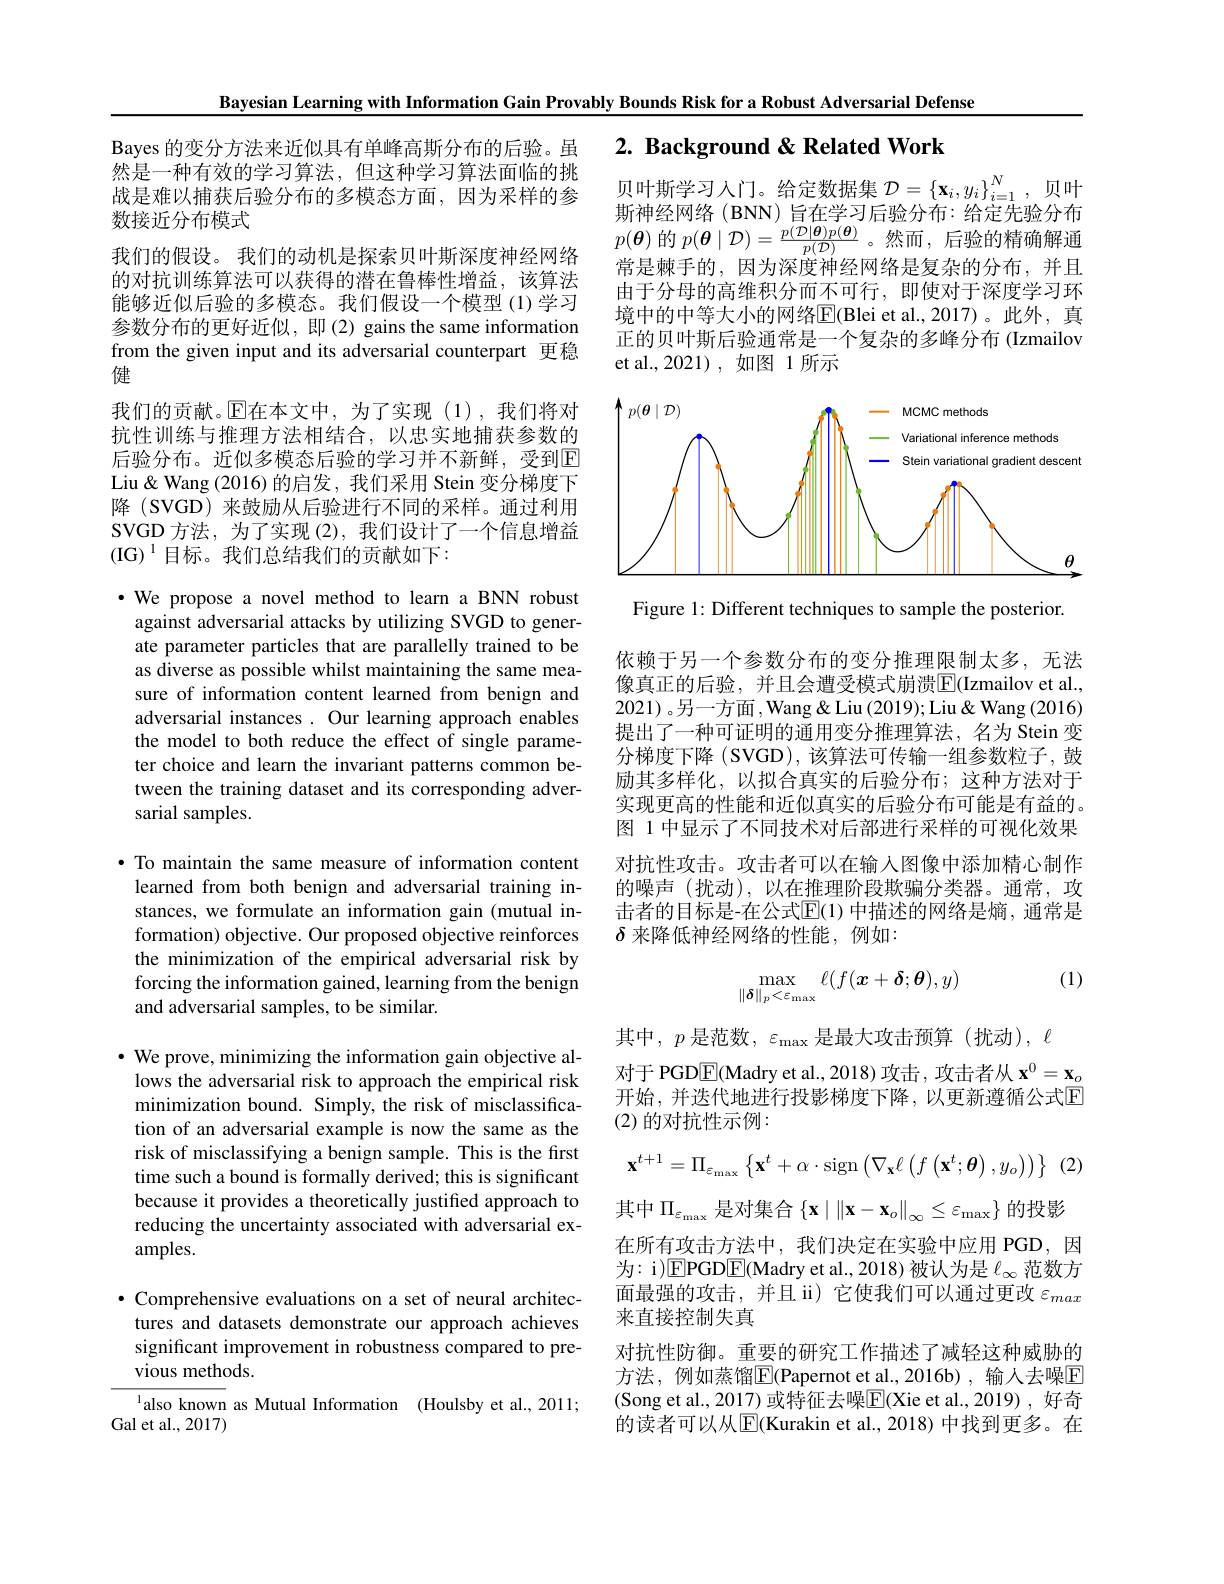
Bayesian Learning with Information Gain Provably Bounds Risk for a Robust Adversarial Defense

# 2. Background & Related Work

贝叶斯学习人门。给定数据集$\mathcal{D}=\left\{\mathbf{x}_i,y_i\right\}_{i=1}^N$,贝叶斯神经网络(BNN)旨在学习后验分布：给定先验分布$p(\boldsymbol{\theta})$的$p(\boldsymbol{\theta}\mid\mathcal{D})=\frac{p(\mathcal{D}|\boldsymbol{\theta})p(\boldsymbol{\theta})}{p(\mathcal{D})}$。然而，后验的精确解通当目赫手的 田业还审边经网络目后九的人在 并日常是棘手的，因为深度神经网络是复杂的分布，并且由于分母的高维积分而不可行，即使对于深度学习环境中的中等大小的网络E(Blei et al.,2017)。此外，真正的贝叶斯后验通常是一个复杂的多峰分布 (Izmailov et al.,2021),如图 1 所示

Bayes 的变分方法来近似具有单峰高斯分布的后验。虽然是一种有效的学习算法，但这种学习算法面临的挑战是难以捕获后验分布的多模态方面，因为采样的参数接近分布模式
我们的假设。我们的动机是探索贝叶斯深度神经网络的对抗训练算法可以获得的潜在鲁棒性增益，该算法能够近似后验的多模态。我们假设一个模型 (1)学习参数分布的更好近似，即(2) gains the same information from the given input and its adversarial counterpart 更稳健
我们的贡献。$\operatorname{E\text{在本文中，为了实现(1),我们将对}}$ 抗性训练与推理方法相结合，以忠实地捕获参数的后验分布。近似多模态后验的学习并不新鲜，受到$\overline{\mathrm{E}}$ Liu& Wang (2016) 的启发，我们采用 Stein 变分梯度下降 (SVGD) 来鼓励从后验进行不同的采样。通过利用SVGD 方法，为了实现 (2), 我们设计了一个信息增益(IG$) ^{1}$目标。我们总结我们的贡献如下：

<FigureHere>

Figure 1: Different techniques to sample the posterior.

·We propose a novel method to learn a BNN robust against adversarial attacks by utilizing SVGD to generate parameter particles that are parallelly trained to be as diverse as possible whilst maintaining the same measure of information content learned from benign and adversarial instances. Our learning approach enables the model to both reduce the effect of single parameter choice and learn the invariant patterns common between the training dataset and its corresponding adversarial samples.

依赖于另一个参数分布的变分推理限制太多，无法像真正的后验，并且会遭受模式崩溃$\boxed{\mathrm{F}}($Izmailov et al., 2021) 。另一方面，Wang& Liu (2019); Liu& Wang (2016) 提出了一种可证明的通用变分推理算法，名为 Stein 变分梯度下降 (SVGD), 该算法可传输一组参数粒子，鼓励其多样化，以拟合真实的后验分布；这种方法对于实现更高的性能和近似真实的后验分布可能是有益的。图 1 中显示了不同技术对后部进行采样的可视化效果对抗性攻击。攻击者可以在输入图像中添加精心制作的噪声(扰动),以在推理阶段欺骗分类器。通常，攻击者的目标是-在公式$\mathbb{E}(1)$ 中描述的网络是熵，通常是$\delta$来降低神经网络的性能，例如：

·To maintain the same measure of information content learned from both benign and adversarial training instances, we formulate an information gain (mutual information) objective. Our proposed objective reinforces the minimization of the empirical adversarial risk by forcing the information gained, learning from the benign and adversarial samples, to be similar.

(1)
$$\max_{\|\boldsymbol{\delta}\|_p<\varepsilon_{\max}}\ell(f(\boldsymbol{x}+\boldsymbol{\delta};\boldsymbol{\theta}),y)$$
其中，$p$ 是范数，$\varepsilon_\mathrm{max}$是最大攻击预算(扰动),$\ell$
对于 PGDE(Madry et al., 2018) 攻击，攻击者从$\mathbf{x}^0=\mathbf{x}_o$ 开始，并迭代地进行投影梯度下降，以更新遵循公式$\overline{\mathrm{E}}$ (2)的对抗性示例：

$\bullet$ We prove, minimizing the information gain objective allows the adversarial risk to approach the empirical risk minimization bound. Simply, the risk of misclassification of an adversarial example is now the same as the risk of misclassifying a benign sample. This is the first time such a bound is formally derived; this is significant because it provides a theoretically justified approach to reducing the uncertainty associated with adversarial examples.
$$\mathbf{x}^{t+1}=\Pi_{\varepsilon_{\max}}\left\{\mathbf{x}^{t}+\alpha\cdot\mathrm{sign}\left(\nabla_{\mathbf{x}}\ell\left(f\left(\mathbf{x}^{t};\boldsymbol{\theta}\right),y_{o}\right)\right)\right\}$$
其中$\Pi_{\varepsilon_{\mathrm{max}}}$是对集合$\left\{\mathbf{x}\mid\left\|\mathbf{x}-\mathbf{x}_{o}\right\|_{\infty}\leq\varepsilon_{\mathrm{max}}\right\}$的投影在所有攻击方法中，我们决定在实验中应用 PGD,因为：i)EPGDE(Madry et al., 2018)被认为是$\ell_\infty$范数方面最强的攻击，并且 ii) 它使我们可以通过更改$\varepsilon_{max}$ 来直接控制失真
对抗性防御。重要的研究工作描述了减轻这种威胁的方法，例如蒸馏$\boxed{\mathrm{E}}$(Papernot et al.,2016b),输人去噪$\boxed{\mathrm{E}}$ (Song et al., 2017) 或特征去噪$\underline{\mathrm{E}}($Xie et al., 2019), 好奇的读者可以从$\overline{\mathrm{E}}$(Kurakin et al., 2018) 中找到更多。在

$\bullet$ Comprehensive evaluations on a set of neural architectures and datasets demonstrate our approach achieves significant improvement in robustness compared to previous methods.

lalso known as Mutual Information (Houlsby et al., 2011;
Gal et al.,2017)